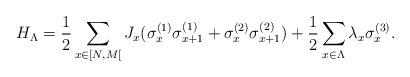
LaTeX: \begin{align*}H_{\Lambda} = \frac{1}{2} \sum_{x \in [N, M [ } J_x ( \sigma_x ^{(1)} \sigma_{x + 1} ^{(1)} + \sigma_x ^{(2)} \sigma_{x + 1} ^{(2)} ) + \frac{1}{2} \sum_{x \in \Lambda} \lambda_x \sigma_x^{(3)}. \end{align*}